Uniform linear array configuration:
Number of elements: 24
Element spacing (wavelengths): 0.25
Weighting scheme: uniform
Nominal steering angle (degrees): -60
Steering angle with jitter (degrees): -58.73
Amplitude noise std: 0.05
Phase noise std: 0.05

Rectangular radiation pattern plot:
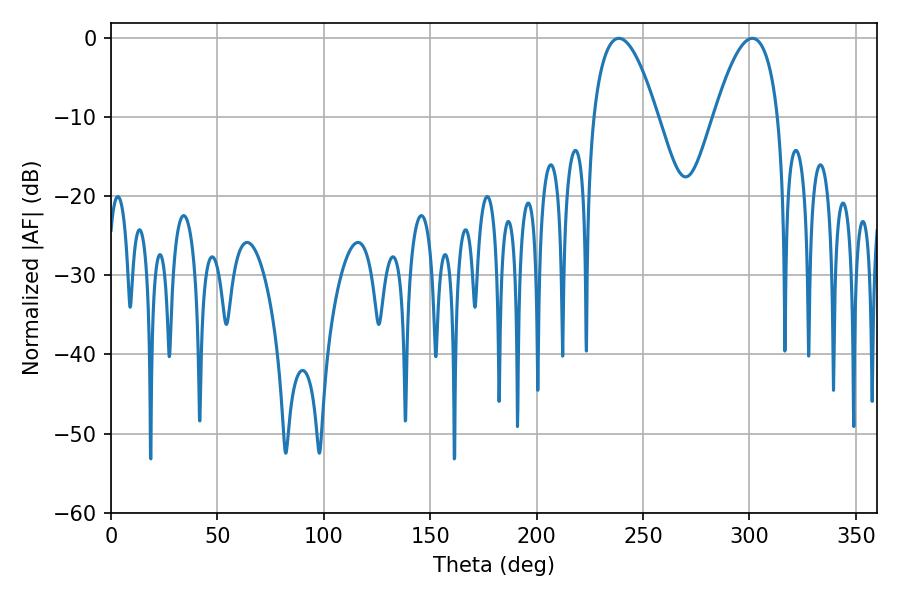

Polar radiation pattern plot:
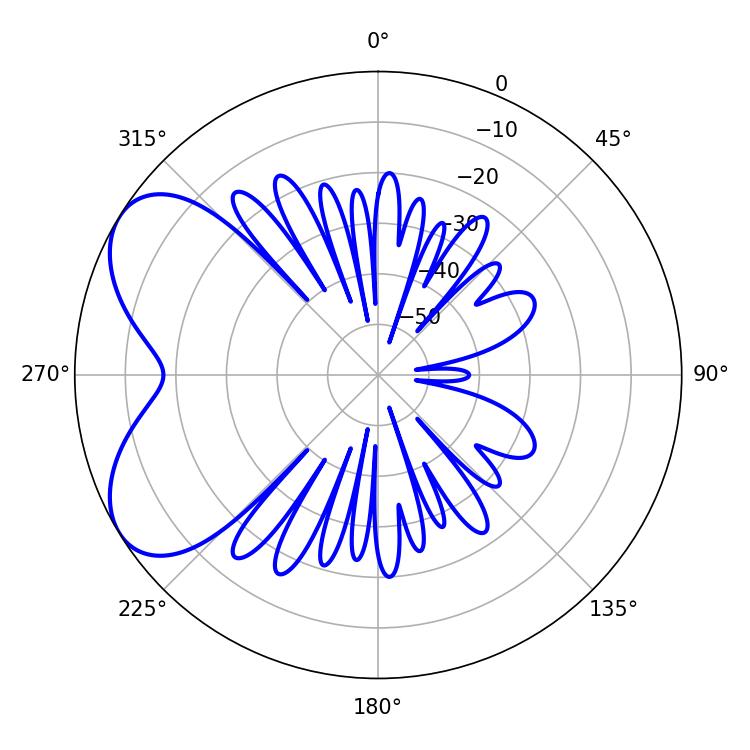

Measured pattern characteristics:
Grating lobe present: FALSE
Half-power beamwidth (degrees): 16.74
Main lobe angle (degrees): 238.68